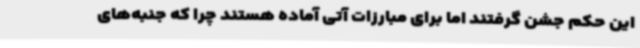
این حکم جشن گرفتند اما برای مبارزات آتی آماده هستند چرا که جنبه‌های